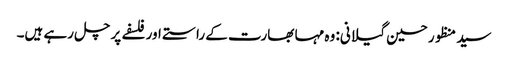
سید منظور حسین گیلانی: وہ مہا بھارت کے راستے اور فلسفے پر چل رہے ہیں۔